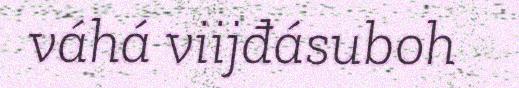
váhá viijđásuboh